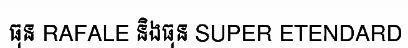
ធុន RAFALE និងធុន SUPER ETENDARD